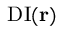
\mathrm { D I } ( \mathbf { r } )